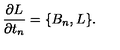
{ \frac { \partial L } { \partial t _ { n } } } = \{ B _ { n } , L \} .